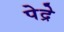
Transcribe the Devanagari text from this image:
पेद्रे